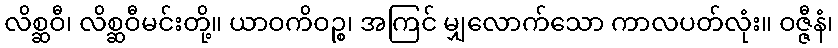
လိစ္ဆဝီ၊ လိစ္ဆဝီမင်းတို့။ ယာဝကိဝဉ္စ၊ အကြင် မျှလောက်သော ကာလပတ်လုံး။ ဝဇ္ဇီနံ၊